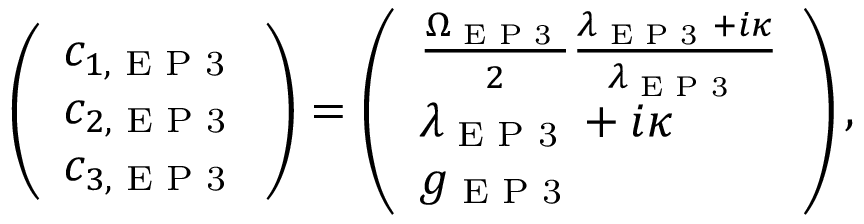
\left( \begin{array} { l } { c _ { 1 , \textrm { E P 3 } } } \\ { c _ { 2 , \textrm { E P 3 } } } \\ { c _ { 3 , \textrm { E P 3 } } } \end{array} \right) = \left( \begin{array} { l } { \frac { \Omega _ { \textrm { E P 3 } } } { 2 } \frac { \lambda _ { \textrm { E P 3 } } + i \kappa } { \lambda _ { \textrm { E P 3 } } } } \\ { \lambda _ { \textrm { E P 3 } } + i \kappa } \\ { g _ { \textrm { E P 3 } } } \end{array} \right) ,